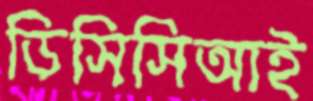
ডিসিসিআই